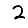
Digit: 2